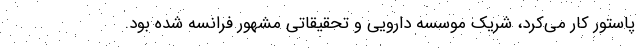
پاستور کار می‌کرد، شریک موسسه دارویی و تحقیقاتی مشهور فرانسه شده بود.